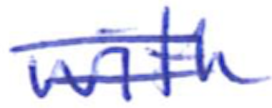
Text: with
Cross-out: mix
Writing tool: ballpoint